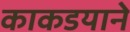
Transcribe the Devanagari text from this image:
काकडयाने